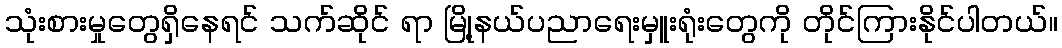
သုံးစားမှုတွေရှိနေရင် သက်ဆိုင် ရာ မြို့နယ်ပညာရေးမှူးရုံးတွေကို တိုင်ကြားနိုင်ပါတယ်။